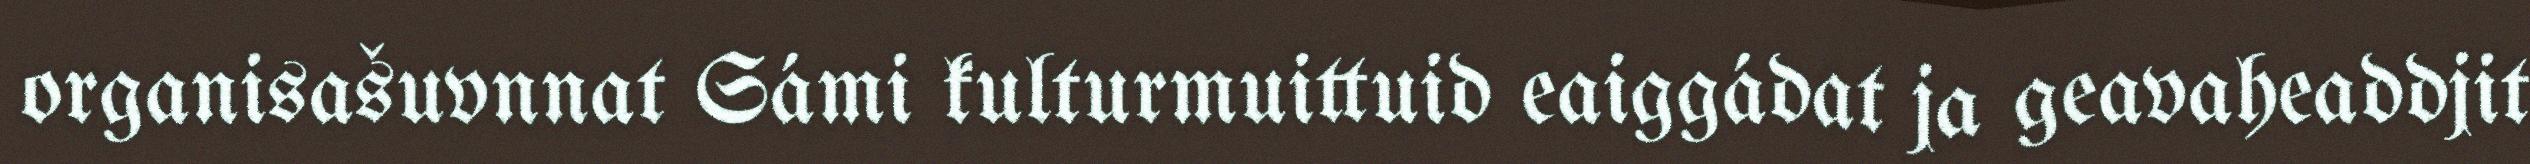
organisašuvnnat Sámi kulturmuittuid eaiggádat ja geavaheaddjit